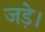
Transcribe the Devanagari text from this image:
जड़े।